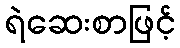
ရဲဆေးစာဖြင့်